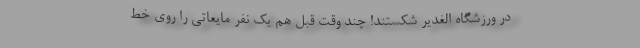
در ورزشگاه الغدیر شکستند! چند وقت قبل هم یک نفر مایعاتی را روی خط